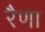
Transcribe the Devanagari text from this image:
रैणा